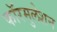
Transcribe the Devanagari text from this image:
फॉरमुलेशन